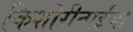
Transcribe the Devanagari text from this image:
किशोरीताईंचा